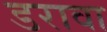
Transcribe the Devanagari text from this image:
डरावा